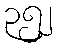
၃၅၂